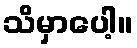
သိမှာပေါ့။